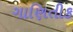
ગાણિતીક